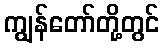
ကျွန်တော်တို့တွင်